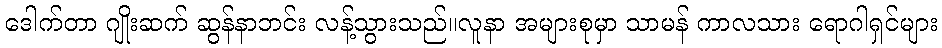
ဒေါက်တာ ဂျိုးဆက် ဆွန်နာဘင်း လန့်သွားသည်။လူနာ အများစုမှာ သာမန် ကာလသား ရောဂါရှင်များ